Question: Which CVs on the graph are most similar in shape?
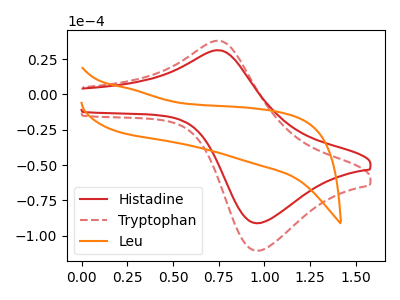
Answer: <think>The red curve "Histadine" has an anodic peak at (0.75V, 31.30uA) and a cathodic peak at (0.95V, -91.10uA). The red dashed curve "Tryptophan" has an anodic peak at (0.75V, 38.00uA) and a cathodic peak at (0.95V, -110.60uA). The orange curve "Leu" has no peaks.
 All the peaks in "Histadine" have a peak in "Tryptophan" at the same potential. Every peak in "Histadine" is lower than every peak in "Tryptophan". "Histadine" and "Leu" have a different number of peaks. "Tryptophan" and "Leu" have a different number of peaks.</think>
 <answer>"Histadine" and "Tryptophan" have the same shape and are likely CV's of the same chemical.</answer>
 <eval>"Histadine" "Tryptophan"</eval>